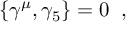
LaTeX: \left\lbrace \gamma ^ { \mu } , \gamma _ { 5 } \right\rbrace = 0 \; \; ,